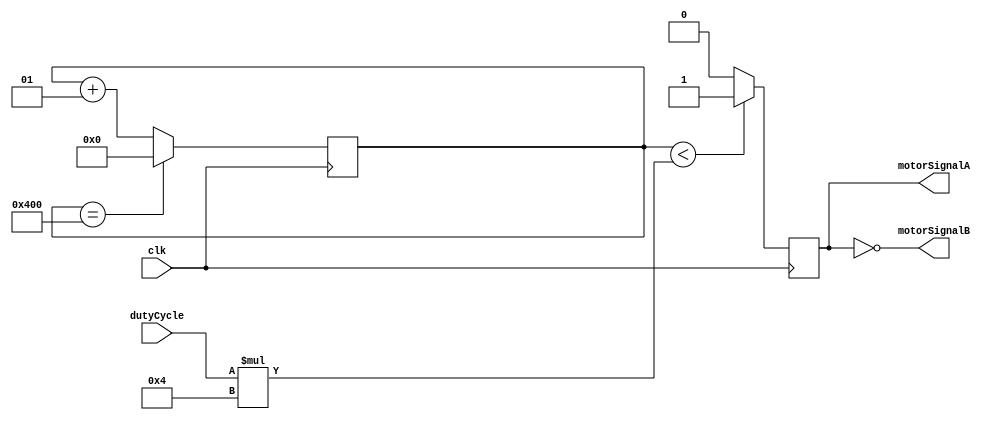
module PWM
	(
	
		input clk,
		input signed [7 : 0] dutyCycle,  // Error of ticks
		
		output motorSignalA,             // Signal output to motor drive IN1
		output motorSignalB              // Signal output to motor drive IN2
	
	);
	
	// Registers
	reg pwm;                               // Holds the state of pwm
	reg signed [9 : 0] counter;            // Holds the frequency (outside of human hearing ~ 50,000 Hz)
	
	// Sets up the A and B signals
	assign motorSignalA = pwm;
	assign motorSignalB = ~pwm;
	
	// Changes pwm based on the duty cycle
	always @(posedge clk) begin
		counter <= counter + 1;
		if (counter < dutyCycle * 4) begin
			pwm <= 1;
		end else begin
			pwm <= 0;
		end
		if (counter == 1024) begin
			counter <= 0;
		end
	end
	
endmodule